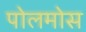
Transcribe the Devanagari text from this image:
पोलमोस